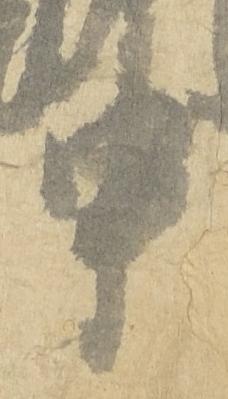
申